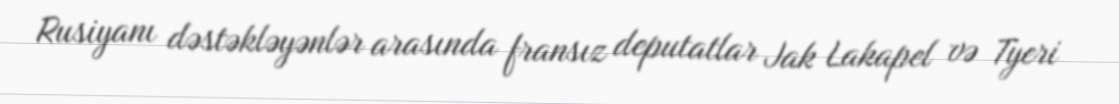
Rusiyanı dəstəkləyənlər arasında fransız deputatlar Jak Lakapel və Tyeri